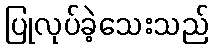
ပြုလုပ်ခဲ့သေးသည်